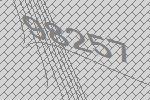
98257